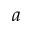
a